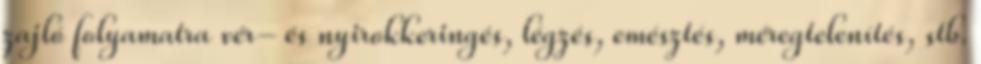
zajló folyamatra vér- és nyirokkeringés, légzés, emésztés, méregtelenítés, stb.